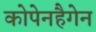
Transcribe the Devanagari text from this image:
कोपेनहैगेन